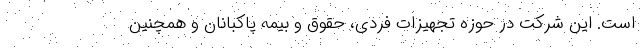
است. این شرکت در حوزه تجهیزات فردی، حقوق و بیمه پاکبانان و همچنین